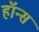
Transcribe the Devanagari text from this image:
हॉन्स